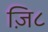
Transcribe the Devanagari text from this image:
ज़ि८